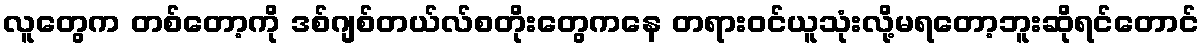
လူတွေက တစ်တော့ကို ဒစ်ဂျစ်တယ်လ်စတိုးတွေကနေ တရားဝင်ယူသုံးလို့မရတော့ဘူးဆိုရင်တောင်